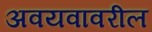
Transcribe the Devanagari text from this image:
अवयवावरील